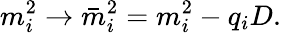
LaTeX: m_{i}^{2}\rightarrow\bar{m}_{i}^{2}=m_{i}^{2}-q_{i}D.